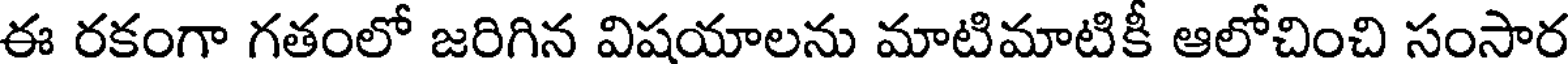
ఈ రకంగా గతంలో జరిగిన విషయాలను మాటిమాటికీ ఆలోచించి సంసార